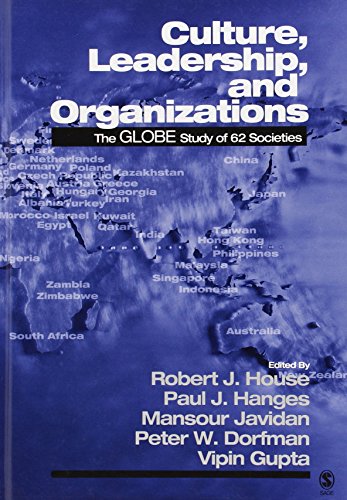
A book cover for Culture, Leadership, and Organizations: The GLOBE Study of 62 Societies; Business & Money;